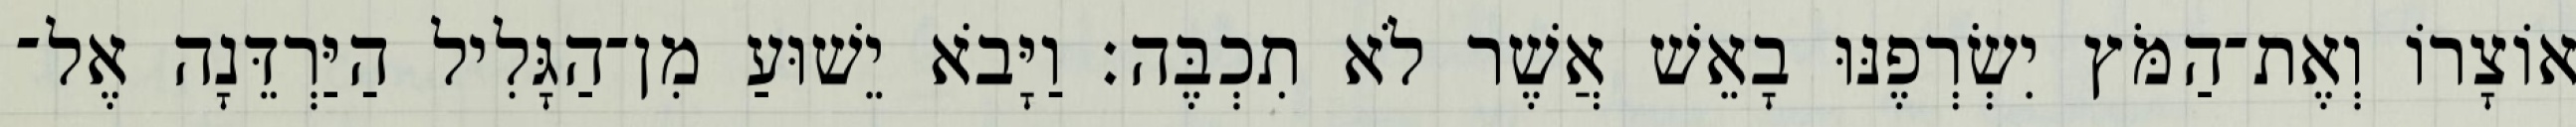
אוֹצָרוֹ וְאֶת־הַמֹּץ יִשְׂרְפֶנּוּ בָאֵשׁ אֲשֶׁר לֹא תִכְבֶּה׃ וַיָּבֹא יֵשׁוּעַ מִן־הַגָּלִיל הַיַּרְדֵּנָה אֶל־